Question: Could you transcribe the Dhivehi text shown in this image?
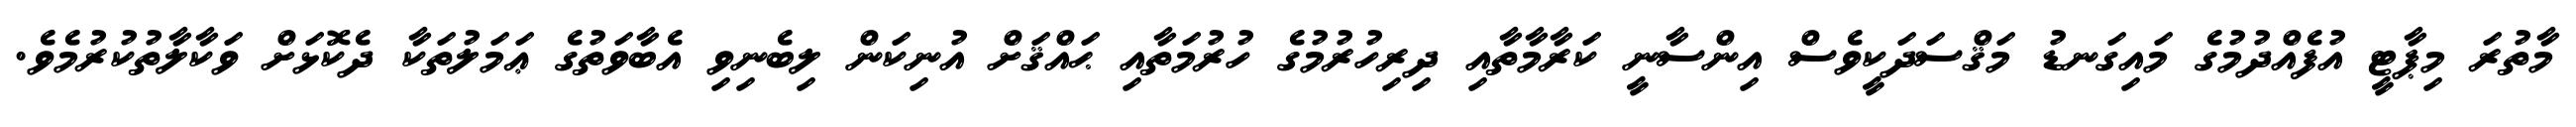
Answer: މާތުރަ މިޕާޓީ އުފެއްދުމުގެ މައިގަނޑު މަޤްސަދަކީވެސް އިންސާނީ ކަރާމާތާއި ދިރިހުރުމުގެ ހުރުމަތާއި ޙައްޤަށް އުނިކަން ލިބެނިވި އެބާވަތުގެ ޢަމަލުތަކާ ދެކޮޅަށް ވަކާލާތުކުރުމެވެ.